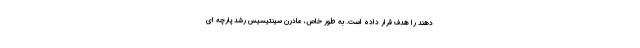
دهند را هدف قرار داده است. به طور خاص، مادرن سینتیسیس رشد پارچه ای